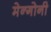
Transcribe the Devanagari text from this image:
मेन्गोनी